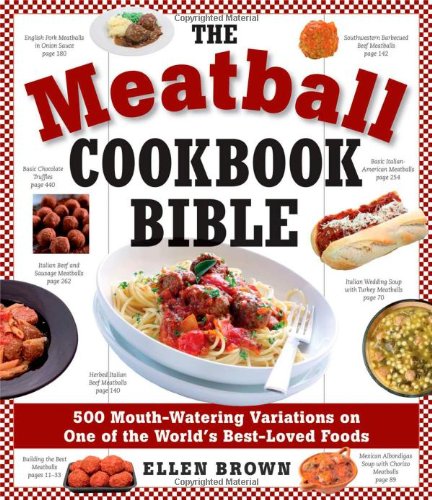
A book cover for The Meatball Cookbook Bible: Foods from Soups to Desserts-500 Recipes That Make the World Go Round; Ellen Brown; Cookbooks, Food & Wine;